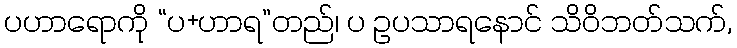
ပဟာရောကို “ပ+ဟာရ”တည်၊ ပ ဥပသာရနောင် သိဝိဘတ်သက်,